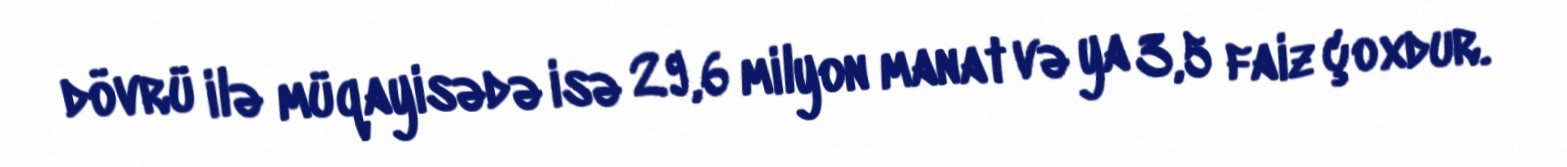
dövrü ilə müqayisədə isə 29,6 milyon manat və ya 3,5 faiz çoxdur.